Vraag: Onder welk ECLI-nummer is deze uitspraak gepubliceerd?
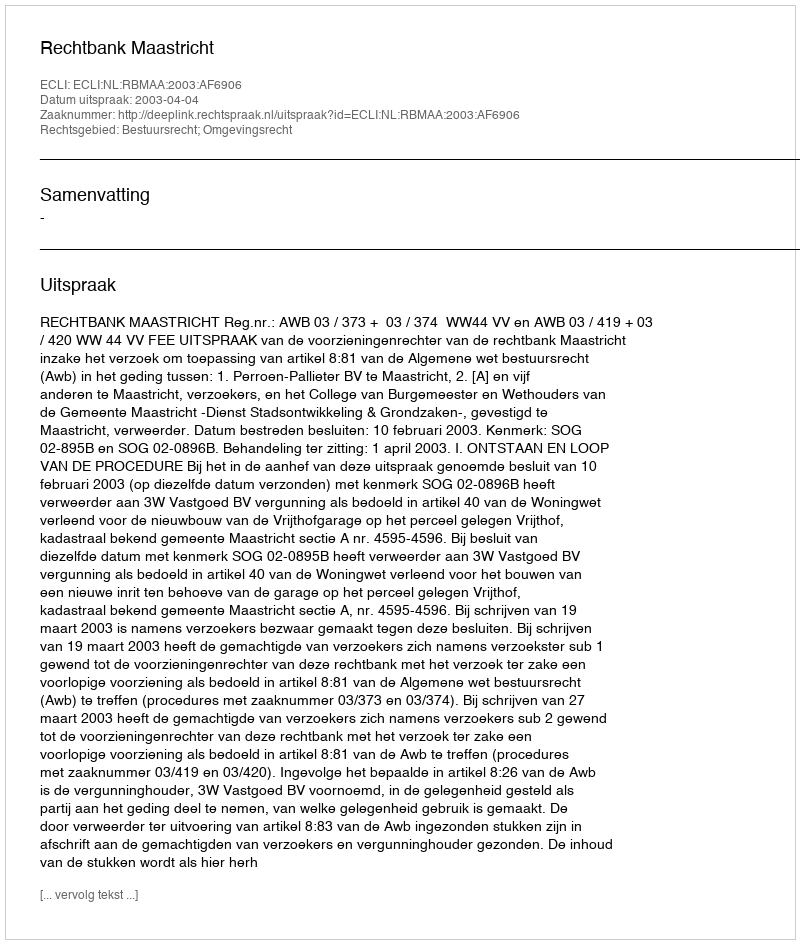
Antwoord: ECLI:NL:RBMAA:2003:AF6906